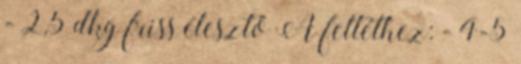
- 2,5 dkg friss élesztő A feltéthez: - 4-5